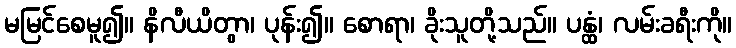
မမြင်စေမူ၍။ နိလီယိတွာ၊ ပုန်း၍။ စောရာ၊ ခိုးသူတို့သည်။ ပန္ထံ၊ လမ်းခရီးကို။